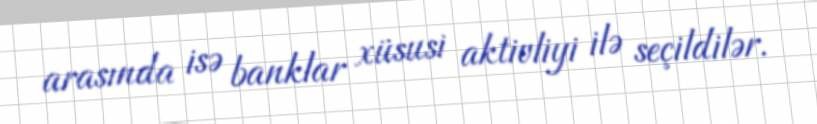
arasında isə banklar xüsusi aktivliyi ilə seçildilər.